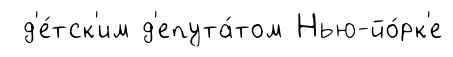
д'е́тск'им д'епута́том Нью-йо́рк'е